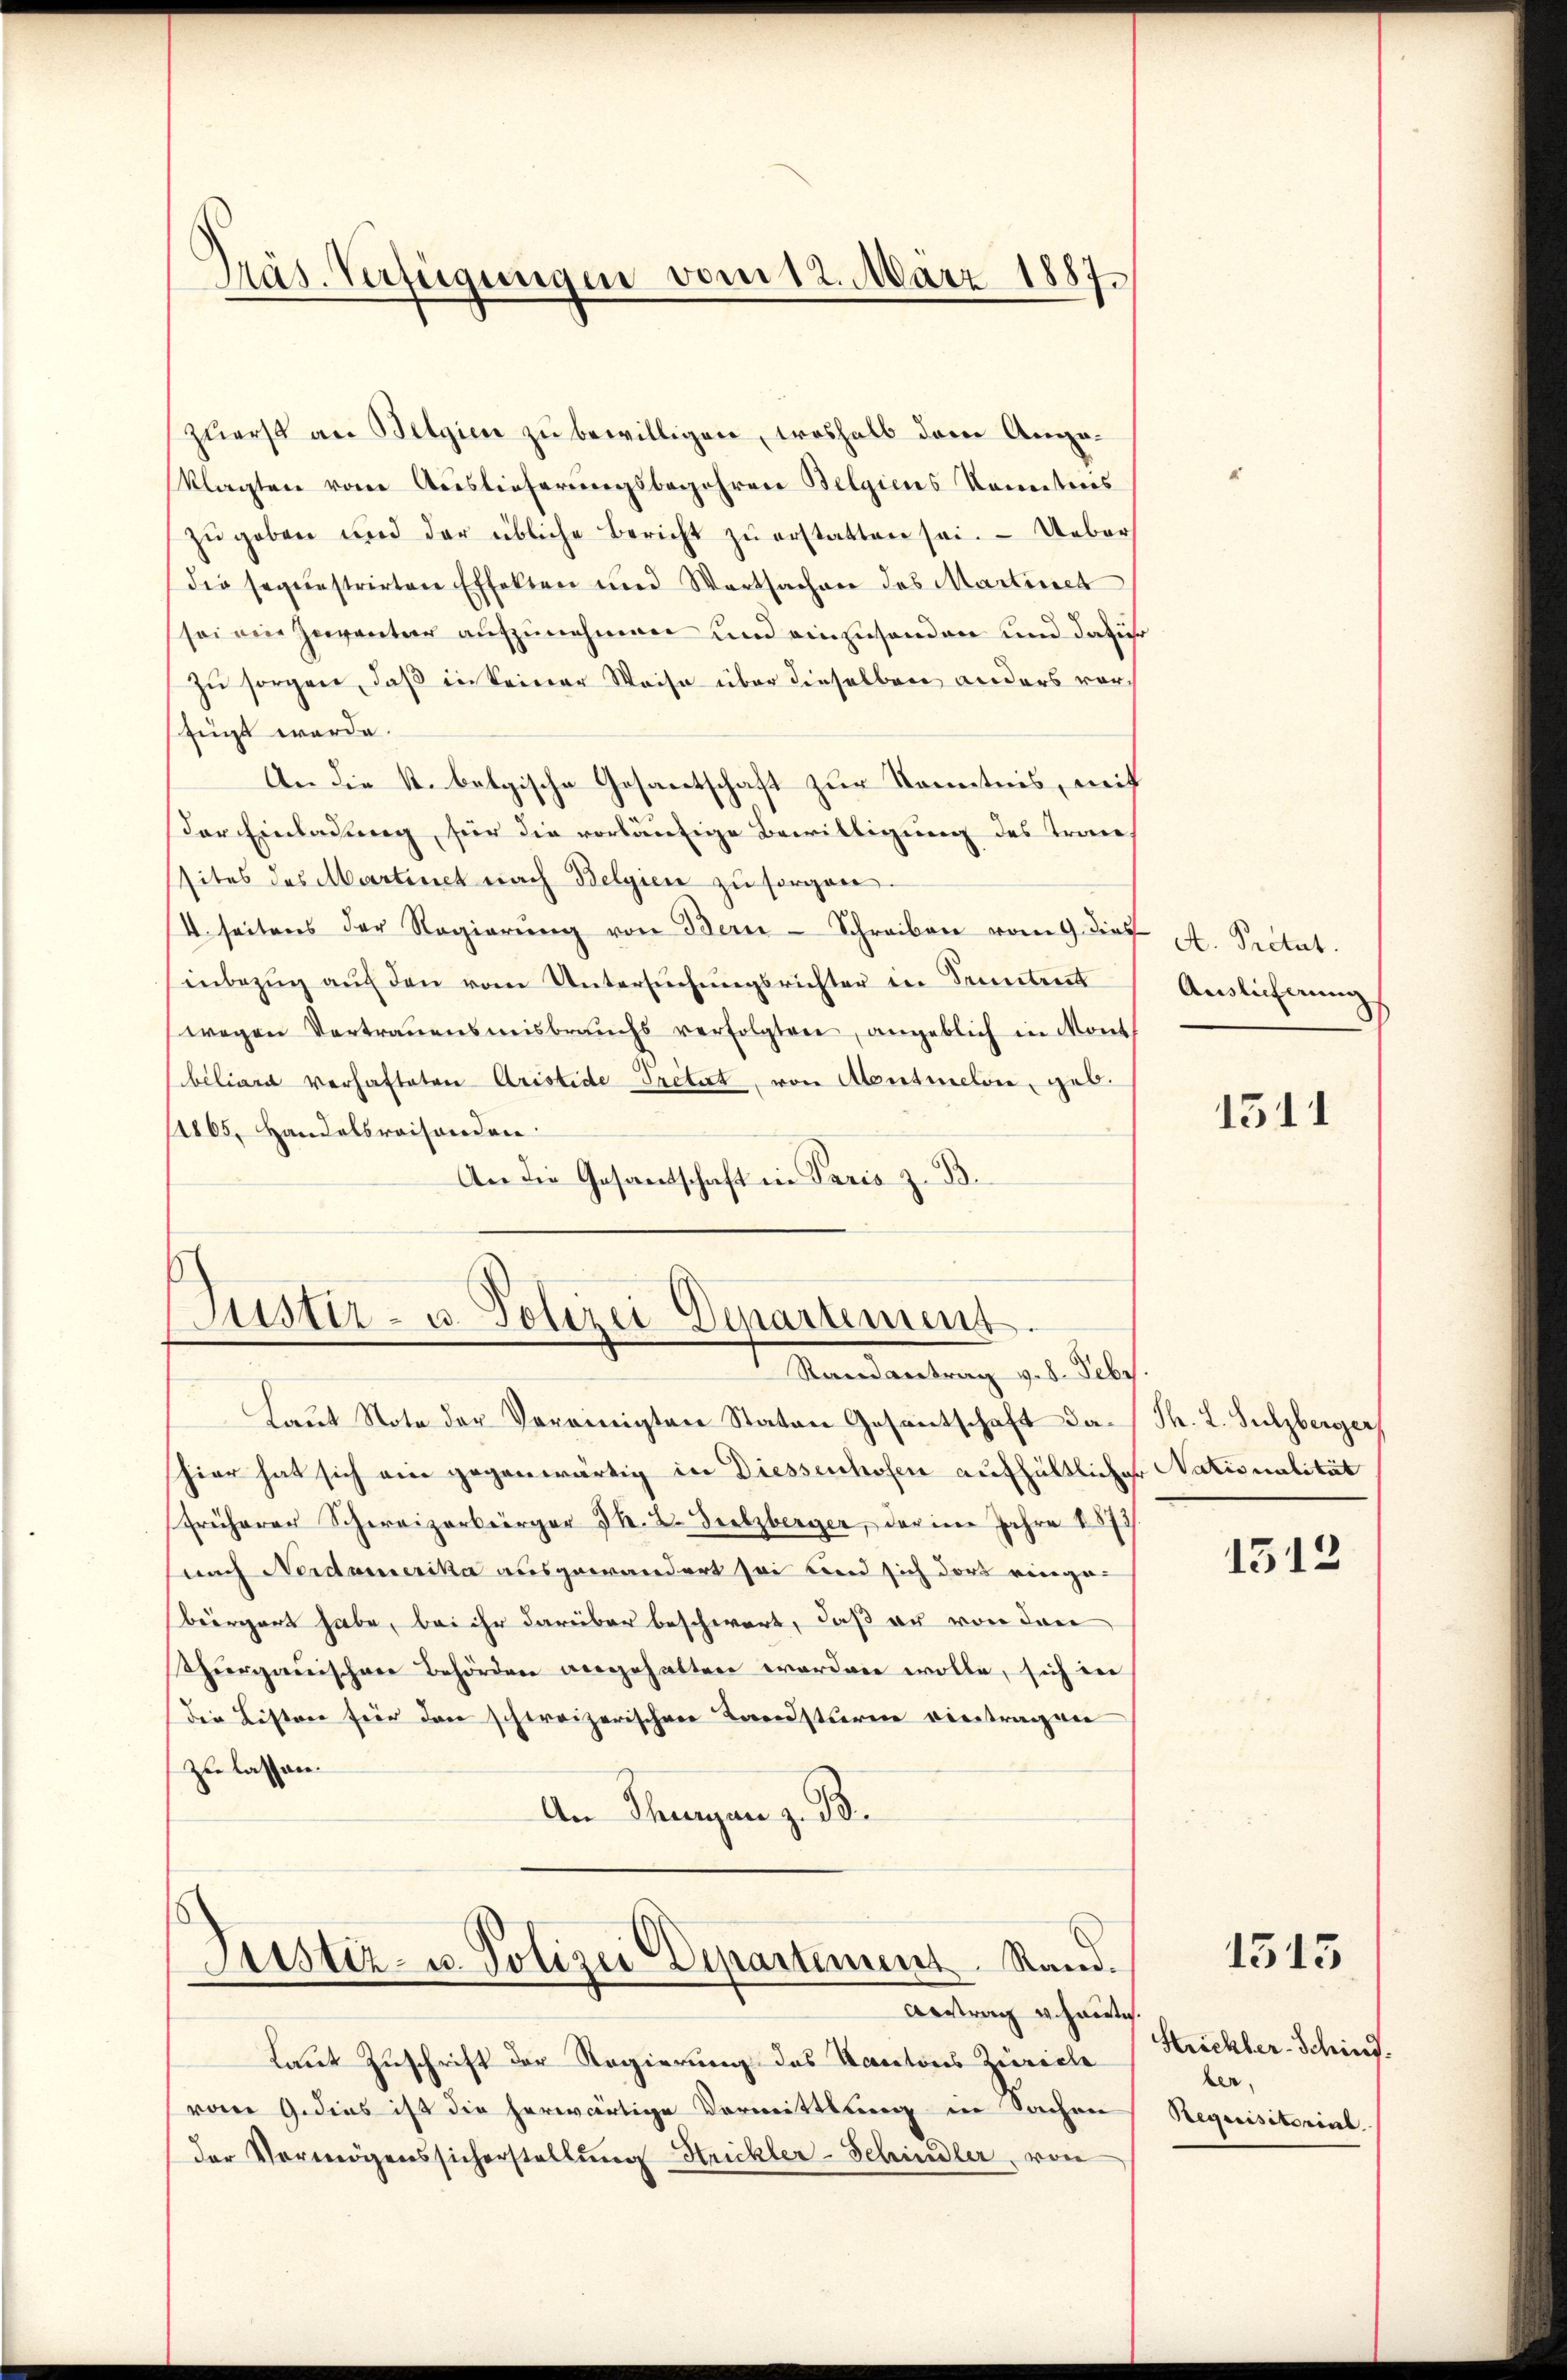
Präs. Verfügungen vom 12. März 1887.

zuerst an Belgien zu bewilligen, woshalb dem Angaklagten vom Auslieferungsbegehren Belgiens konntens
zŭgeben und der übliche Bericht zŭ erstatten sei. Ueber
die sequestrirten Effekten und Wartsachen des Martinet
sei ein Inventar aufzunehmen und einzusenden und dafür
zu sorgen, daß in keiner Weise über dieselben anders vorfügt werde.
An die k. belgische Gesantschaft zur Kenntnis, mit
Der Einladung, für die vorläufige Bewilligung des Tran
sites des Martinet nach Belgien zu sorgen.
/4 seitens der Regierŭng von Bern-Schreiben vom 9. die 4. Seitet.
inbezŭg aŭf den vom Untersŭchŭngsrichter in Seiten
wegen Vertrauensmisbrauchs verfolgten, angeblich in Mont
biliard verhafteten Aristide Tretirt, von Mentielen, geb.
1865, Handelsraisonden
An die Gesandschaft in Paris z. B.

s
Justiz- u. Polizei Departement
Randantrag v. 8. Febr

Justiz- u. Polizei Departement Stand. (1515
Antrag veharrte

Laut Zuschrift der Regierung des Kantons Zürich
vom 9. dies ist die herwärtige Vermittlung in Sachen
der Vermögenssicherstellung Strickler-Schindler, von

Laŭt Note der Vereinigten Staten Gesantschaft dahier hat sich ein gegenwärtig in Diessenhofen aufhältlicher Nationalität
früherer Schweizerbürger J. L. Fielzberger, der im Jahre 1873/
nach Neidamerika ausgewandert sei und sich der ringebürgert habe, bei ihr darüber beschwert, daß er von den
Thurgauischene Behörden angehalten worden wolle, sich in
die Listere für den schweizerischen Bereistieren viertragen
zu lassen.
An Thurgau z. B.

Auslieferung

1511

Th. L. Sulzberger,

1512

Strichter-Schinf.
ber
Requisitorial